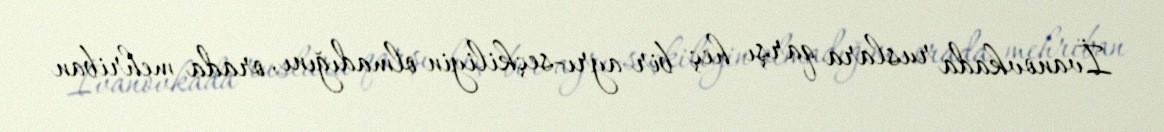
İvanovkada ruslara qarşı heç bir ayrı-seçkiliyin olmadığını, orada mehriban